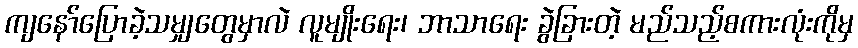
ကျနော်ပြောခဲ့သမျှတွေမှာလဲ လူမျိုးရေး၊ ဘာသာရေး ခွဲခြားတဲ့ မည်သည့်စကားလုံးကိုမှ